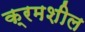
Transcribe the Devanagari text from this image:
क्रमशील